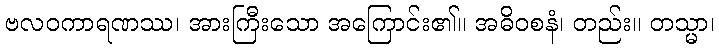
ဗလဝကာရဏဿ၊ အားကြီးသော အကြောင်း၏။ အဓိဝစနံ၊ တည်း။ တသ္မာ၊